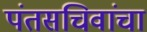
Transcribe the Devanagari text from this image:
पंतसचिवांचा